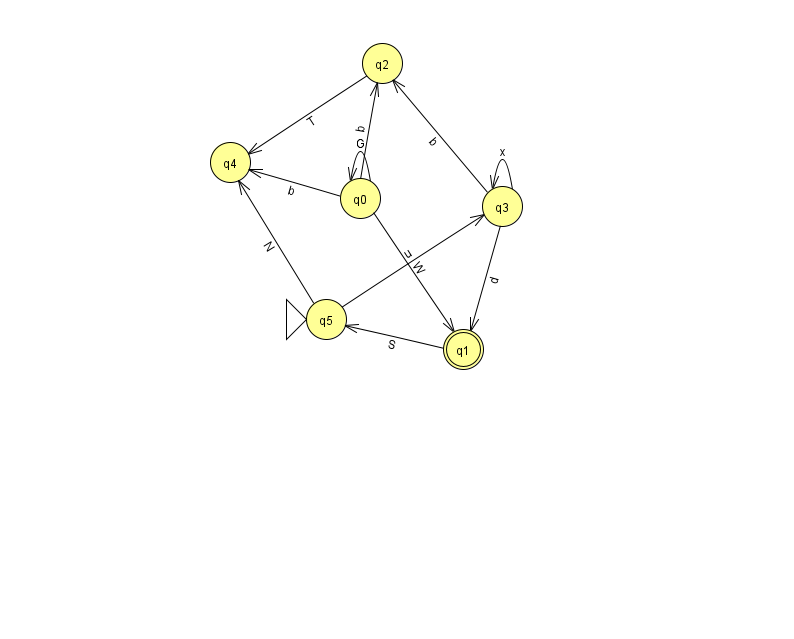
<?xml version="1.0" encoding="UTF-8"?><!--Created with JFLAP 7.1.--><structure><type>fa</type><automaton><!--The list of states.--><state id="0" name="q0"><x>360.0</x><y>185.0</y></state><state id="1" name="q1"><x>463.0</x><y>336.0</y><final/></state><state id="2" name="q2"><x>382.0</x><y>50.0</y></state><state id="3" name="q3"><x>502.0</x><y>193.0</y></state><state id="4" name="q4"><x>230.0</x><y>149.0</y></state><state id="5" name="q5"><x>326.0</x><y>306.0</y><initial/></state><!--The list of transitions.--><transition><from>0</from><to>1</to><read>W</read></transition><transition><from>0</from><to>2</to><read>b</read></transition><transition><from>5</from><to>3</to><read>u</read></transition><transition><from>0</from><to>0</to><read>G</read></transition><transition><from>3</from><to>3</to><read>x</read></transition><transition><from>2</from><to>4</to><read>T</read></transition><transition><from>5</from><to>4</to><read>N</read></transition><transition><from>3</from><to>1</to><read>d</read></transition><transition><from>1</from><to>5</to><read>S</read></transition><transition><from>3</from><to>2</to><read>b</read></transition><transition><from>0</from><to>4</to><read>b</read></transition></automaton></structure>